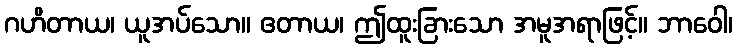
ဂဟိတာယ၊ ယူအပ်သော။ ဧတာယ၊ ဤထူးခြားသော အမူအရာဖြင့်။ ဘာဝေါ၊